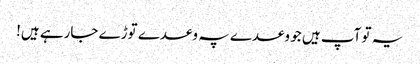
یہ تو آپ ہیں جو وعدے پہ وعدے توڑے جارہے ہیں!